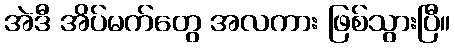
အဲဒီ အိပ်မက်တွေ အလကား ဖြစ်သွားပြီ။